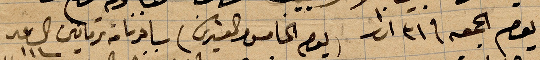
يوم الجمعة ٣١ اذار (يوم الخامس والعشرين) سافرنا من ترمانين الساعة ١١